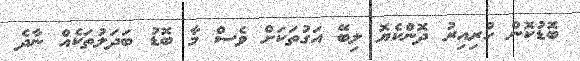
ބޮޑުކޮން ހުރިއިރު ދޮންކެޔޮ ލިބޭ އަގުތަކަށް ވެސް މާ ބޮޑު ބަދަލުތަކެއް ނާދެ